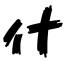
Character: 什